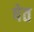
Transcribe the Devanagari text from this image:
षेत